King Institute of Preventive Medicine Bacteriolog. Section reports 1907-08
Year: 1907
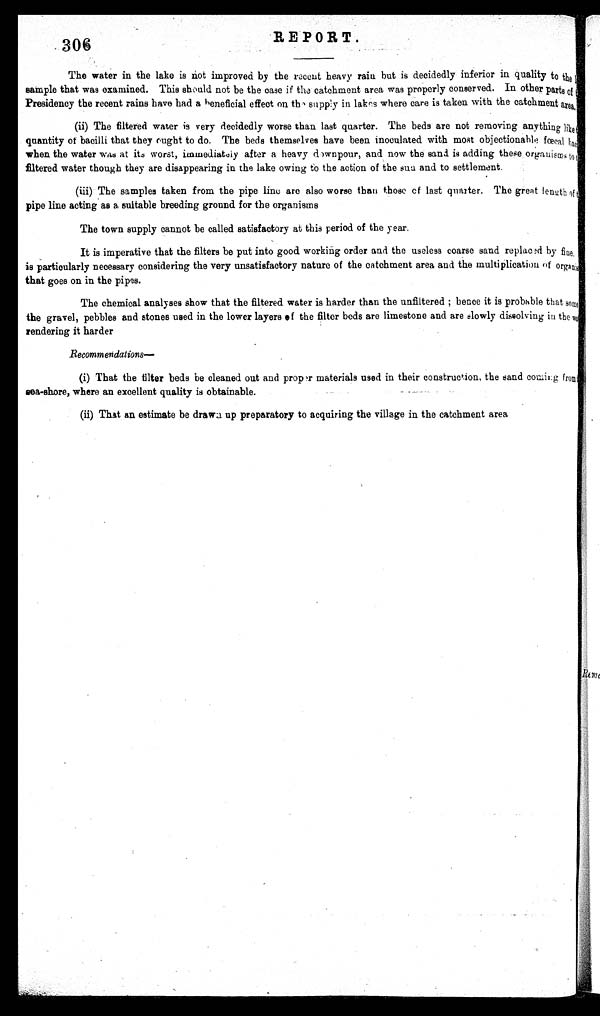
306
REPORT.
The water in the lake is not improved by the recent heavy rain but is decidedly inferior in quality to the
sample that was examined. This should not be the case if the catchment area was properly conserved. In other parts of
Presidency the recent rains have had a beneficial effect on the supply in lakes where care is taken with the catchment area.
(ii) The filtered water is very decidedly worse than last quarter. The beds are not removing anything like
quantity of bacilli that they ought to do. The beds themselves have been inoculated with most objectionable
fœcal
when the water was at its worst, immediately after a heavy downpour, and now the sand is adding these organisms
to filtered water though they are disappearing in the lake owing to the action of the sun and to settlement.
(iii) The samples taken from the pipe line are also worse than those of last quarter. The great length of
pipe line acting as a suitable breeding ground for the organisms
The town supply cannot be called satisfactory at this period of the year.
It is imperative that the filters be put into good working order and the useless coarse sand replac ed by fine.
is particularly necessary considering the very unsatisfactory nature of the catchment area and the multiplication of organ
that goes on in the pipes.
The chemical analyses show that the filtered water is harder than the unfiltered; hence it is probable that some
the gravel, pebbles and stones used in the lower layers of the filter beds are limestone and are slowly dissolving in the w
rendering it harder
Recommendations —
(i) That the filter beds be cleaned out and proper materials used in their construction, the sand coming from
sea-shore, where an excellent quality is obtainable.
(ii) That an estimate be drawn up preparatory to acquiring the village in the catchment area